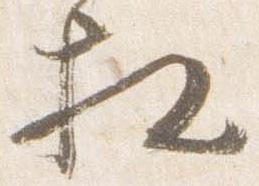
相